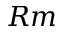
R m